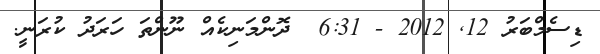
ޑިސެމްބަރު 12